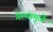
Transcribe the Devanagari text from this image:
गेल्यामुळें